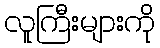
လူကြီးများကို